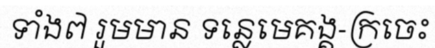
ទាំង៧ រួមមាន ទន្លេមេគង្គ-ក្រចេះ